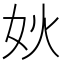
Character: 𰋺